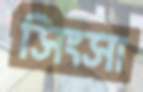
সিংসা